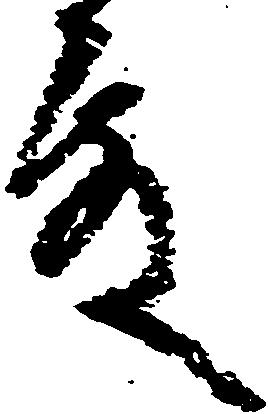
殿